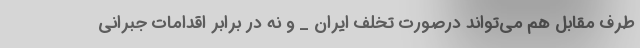
طرف مقابل هم می‌تواند درصورت تخلف ایران _ و نه در برابر اقدامات جبرانی